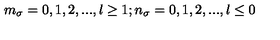
m _ { \sigma } = 0 , 1 , 2 , . . . , l \geq 1 ; n _ { \sigma } = 0 , 1 , 2 , . . . , l \leq 0